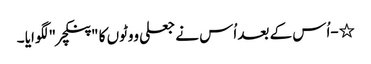
٭-اُس کے بعد اُس نے جعلی ووٹوں کا "پنکچر " لگوایا ۔